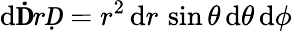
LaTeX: \mathrm{d}\mathbf{Ḋ}rḌ=r^{2}\, \mathrm{d}r\, \sin\theta\, \mathrm{d}\theta\, \mathrm{d}\phi